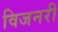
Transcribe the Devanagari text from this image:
विजनरी